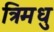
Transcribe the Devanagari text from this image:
त्रिमधु